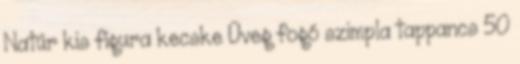
Natúr kis figura kecske Üveg fogó szimpla tappancs 50